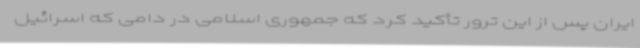
ایران پس از این ترور تأکید کرد که جمهوری اسلامی در دامی که اسرائیل